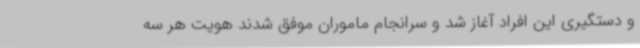
و دستگیری این افراد آغاز شد و سرانجام ماموران موفق شدند هویت هر سه